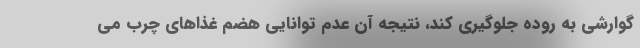
گوارشی به روده جلوگیری کند، نتیجه آن عدم توانایی هضم غذاهای چرب می